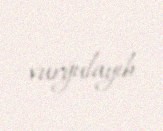
vurğulayıb.